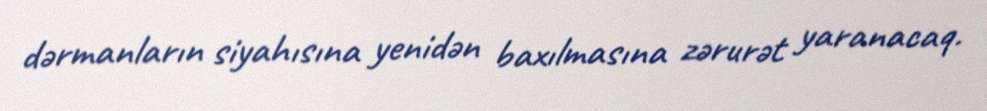
dərmanların siyahısına yenidən baxılmasına zərurət yaranacaq.